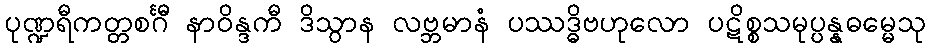
ပုဏ္ဍရီကတ္တစင်္ဂီ နာဝိန္ဒကီ ဒိသွာန လဗ္ဘမာနံ ပဿဒ္ဓိဗဟုလော ပဋိစ္စသမုပ္ပန္နဓမ္မေသု